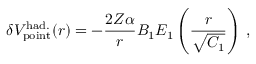
\delta { V } _ { \mathrm { p o i n t } } ^ { \mathrm { h a d . } } ( r ) = - \frac { 2 Z \alpha } { r } B _ { 1 } E _ { 1 } \left( \frac { r } { \sqrt { C _ { 1 } } } \right) \, ,